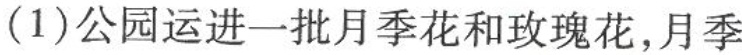
(1)公园运进一批月季